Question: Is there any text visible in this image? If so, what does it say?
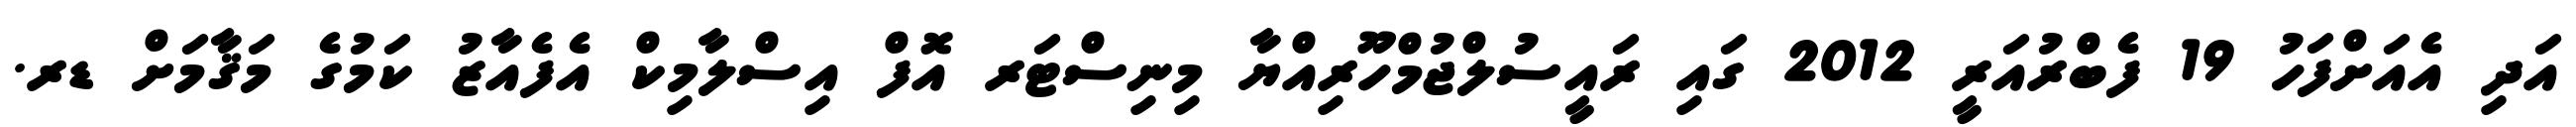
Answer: އަދި އެއަށްފަހު 19 ފެބްރުއަރީ 2012 ގައި ރައީސުލްޖުމްހޫރިއްޔާ މިނިސްޓަރ އޮފް އިސްލާމިކް އެފެއާޒު ކަމުގެ މަޤާމަށް ޑރ.